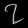
Digit: ၇